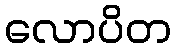
လောပိတ